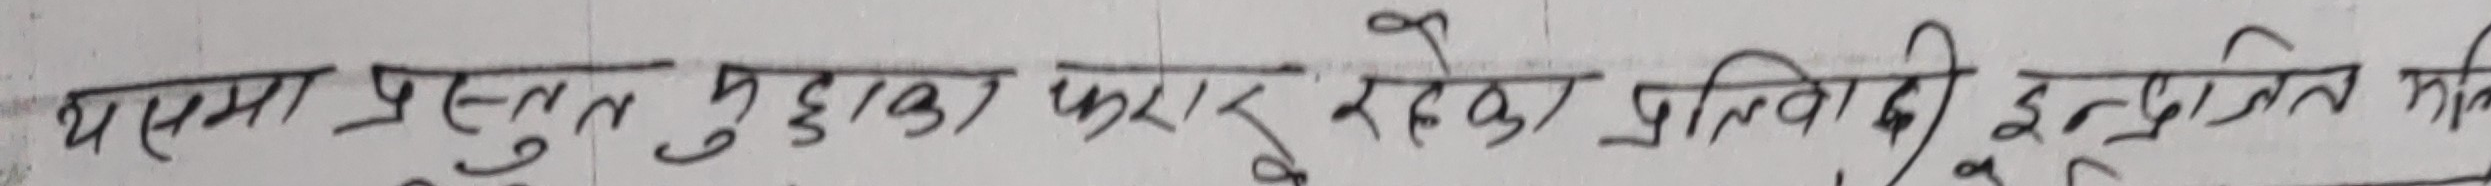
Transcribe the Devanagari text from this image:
यसमा प्रस्तुत मुद्दाका करार रहेको प्रतिवादी इन्द्रजित माथि